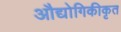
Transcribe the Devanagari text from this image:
औद्योगिकीकृत